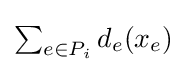
\textstyle \sum _{e\in P_{i}}d_{e}(x_{e})